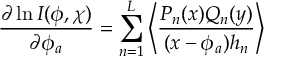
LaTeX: \frac { \partial \ln I ( \phi , \chi ) } { \partial \phi _ { a } } = \sum _ { n = 1 } ^ { L } \left\langle \frac { P _ { n } ( x ) Q _ { n } ( y ) } { ( x - \phi _ { a } ) h _ { n } } \right\rangle